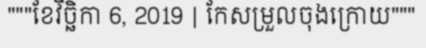
"""ខែវិច្ឆិកា 6, 2019 | កែសម្រួលចុងក្រោយ"""